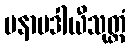
မနာပဒါယီသုတ္တံ